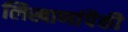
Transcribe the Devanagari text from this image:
लिखाणांपैकी